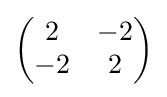
{\begin{pmatrix}2&-2\\-2&2\end{pmatrix}}